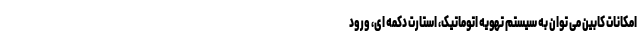
امکانات کابین می توان به سیستم تهویه اتوماتیک، استارت دکمه ای، ورود